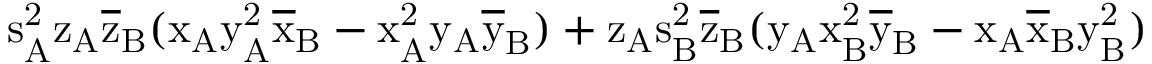
\mathrm { s _ { A } ^ { 2 } \mathrm { z _ { A } \mathrm { \overline { { z } } _ { B } ( \mathrm { x _ { A } \mathrm { y _ { A } ^ { 2 } \mathrm { \overline { { x } } _ { B } - \mathrm { x _ { A } ^ { 2 } \mathrm { y _ { A } \mathrm { \overline { { y } } _ { B } ) + \mathrm { z _ { A } \mathrm { s _ { B } ^ { 2 } \mathrm { \overline { { z } } _ { B } ( \mathrm { y _ { A } \mathrm { x _ { B } ^ { 2 } \mathrm { \overline { { y } } _ { B } - \mathrm { x _ { A } \mathrm { \overline { { x } } _ { B } \mathrm { y _ { B } ^ { 2 } ) } } } } } } } } } } } } } } } } } }